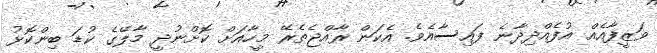
ވަޒީފާއެއް އުފެއްދިދާނެ ފައިސާއެވެ. އެކަން ރާއްޖެތެރޭ މީހާއަށް ކޮށްނުދީ މާލޭގެ ކުޑަ ބިންކޮޅު